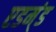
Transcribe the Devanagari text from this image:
एडम्ंड